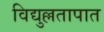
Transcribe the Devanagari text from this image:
विद्युल्लतापात